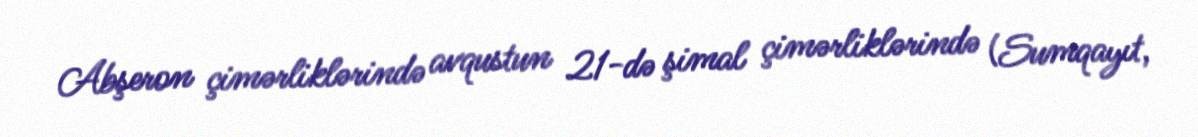
Abşeron çimərliklərində avqustun 21-də şimal çimərliklərində (Sumqayıt,